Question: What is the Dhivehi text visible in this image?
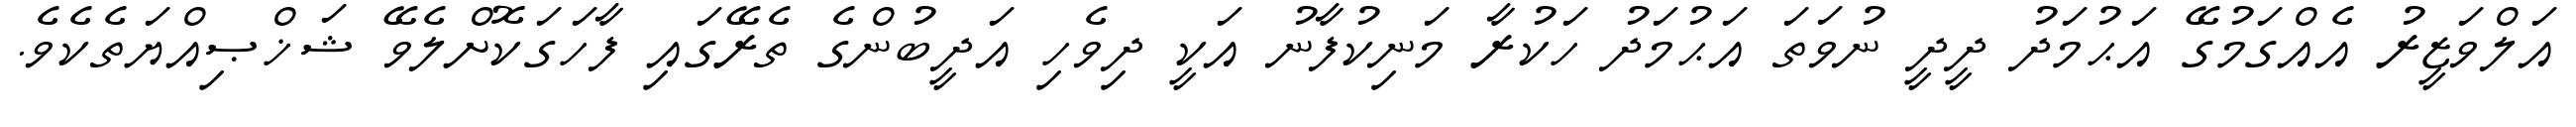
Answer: އަލްވަޒީރު އެއްގަމުގޭ އަޙުމަދު ދީދީ ނުވަތަ އަޙުމަދު ހަކުރާ މަނިކުފާނު އަކީ ދިވެހި އަދީބުންގެ ތެރޭގައި ފާހަގަކޮށްލެވޭ ޝަޚްޞިއްޔަތެކެވެ.